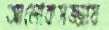
আলোকসজ্জায়